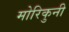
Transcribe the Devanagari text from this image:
मोरिकुनी